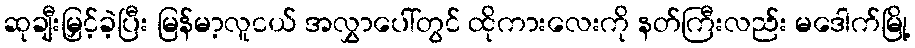
ဆုချီးမြှင့်ခဲ့ပြီး မြန်မာ့လူငယ် အလွှာပေါ်တွင် ထိုကားလေးကို နတ်ကြီးလည်း မဒေါက်မြို့